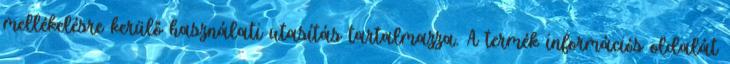
mellékelésre kerülő használati utasítás tartalmazza. A termék információs oldalát